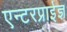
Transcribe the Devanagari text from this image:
एन्टरप्राईज्ञ